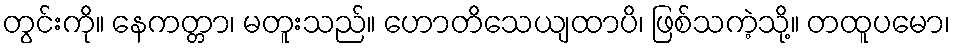
တွင်းကို။ နေကတ္တာ၊ မတူးသည်။ ဟောတိသေယျထာပိ၊ ဖြစ်သကဲ့သို့။ တထူပမော၊